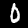
Label: 0